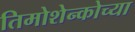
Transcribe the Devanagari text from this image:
तिमोशेन्कोच्या